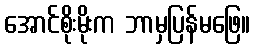
အောင်စိုးမိုးက ဘာမှပြန်မဖြေ။